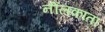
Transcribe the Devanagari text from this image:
नीलकांता